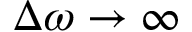
\Delta \omega \rightarrow \infty